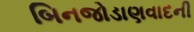
બિનજોડાણવાદની